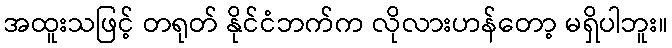
အထူးသဖြင့် တရုတ် နိုင်ငံဘက်က လိုလားဟန်တော့ မရှိပါဘူး။